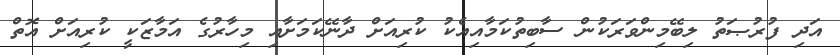
އަދި ފުރުޞަތު ލިބޭމިންވަރަކުން ސާބިތުކަމާއިއެކު ކުރިއަށް ދާނޭކަމަށާއި މިހާރުގެ އަމާޒަކީ ކުރިއަށް އޮތް